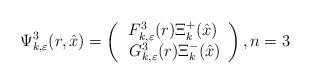
LaTeX: \begin{align*}\Psi_{k,\varepsilon}^3(r,\hat{x})=\left(\begin{array}{cc}F^3_{k,\varepsilon}(r)\Xi^+_{k}(\hat{x})\\\:G^3_{k,\varepsilon}(r)\Xi^-_{k}(\hat{x})\end{array}\right),n=3\end{align*}